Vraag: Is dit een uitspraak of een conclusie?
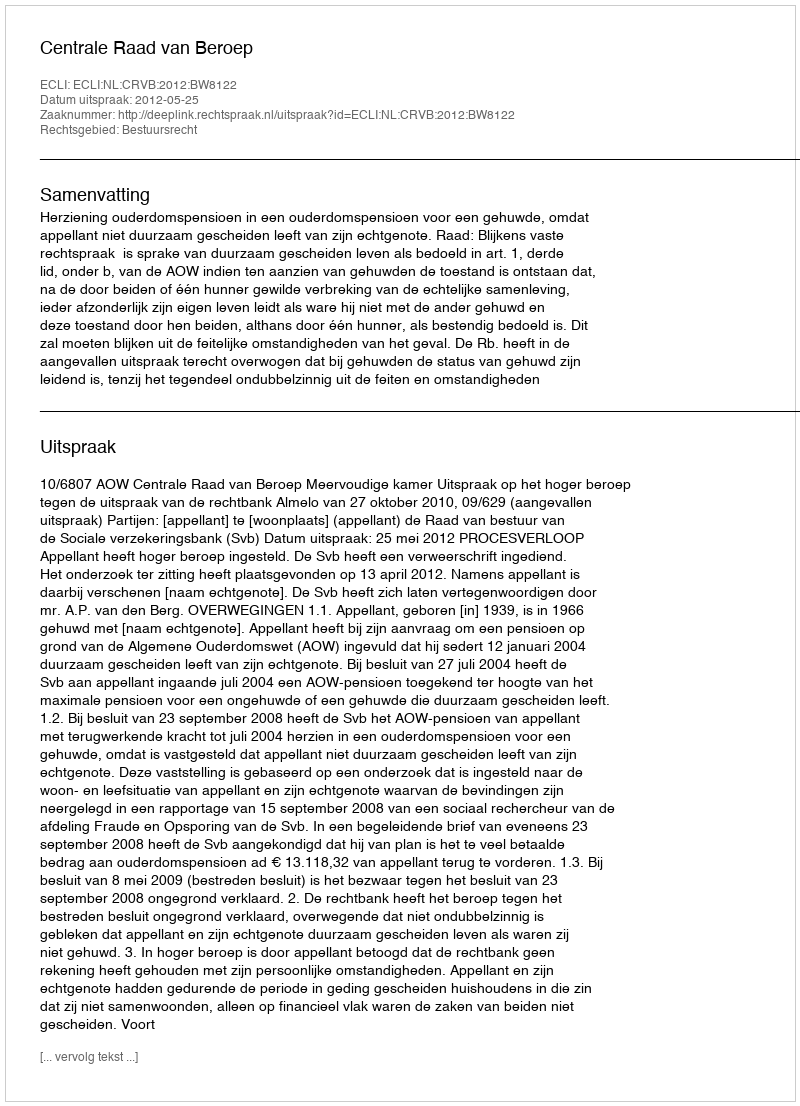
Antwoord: Uitspraak